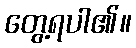
တွေ့ရပါ၏။